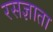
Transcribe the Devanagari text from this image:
रसज्ञाता